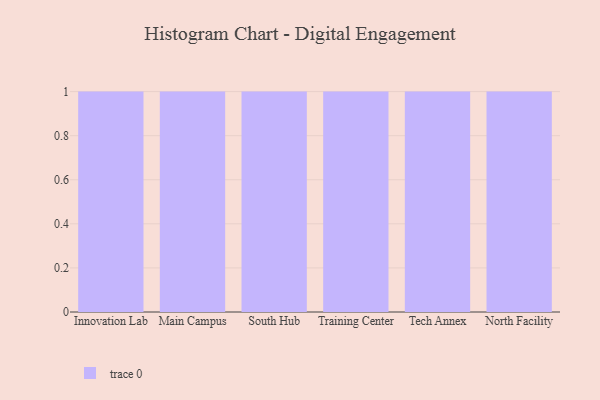
{"axis": {"x": "Campus", "y": "Gross Profit (USD K)"}, "legend": [""], "data": [{"x": "Innovation Lab", "y": 78, "type": ""}, {"x": "Main Campus", "y": 86, "type": ""}, {"x": "South Hub", "y": 10, "type": ""}, {"x": "Training Center", "y": 58, "type": ""}, {"x": "Tech Annex", "y": 70, "type": ""}, {"x": "North Facility", "y": 60, "type": ""}]}